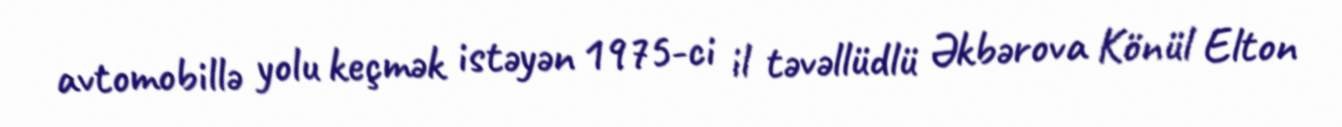
avtomobillə yolu keçmək istəyən 1975-ci il təvəllüdlü Əkbərova Könül Elton